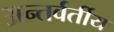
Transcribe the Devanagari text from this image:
अन्‍तर्वर्तीय